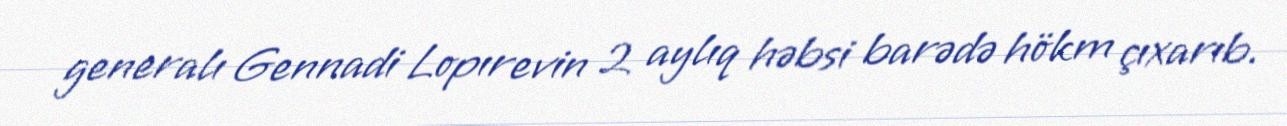
generalı Gennadi Lopırevin 2 aylıq həbsi barədə hökm çıxarıb.